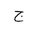
Letter: _gim